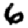
Digit: 6